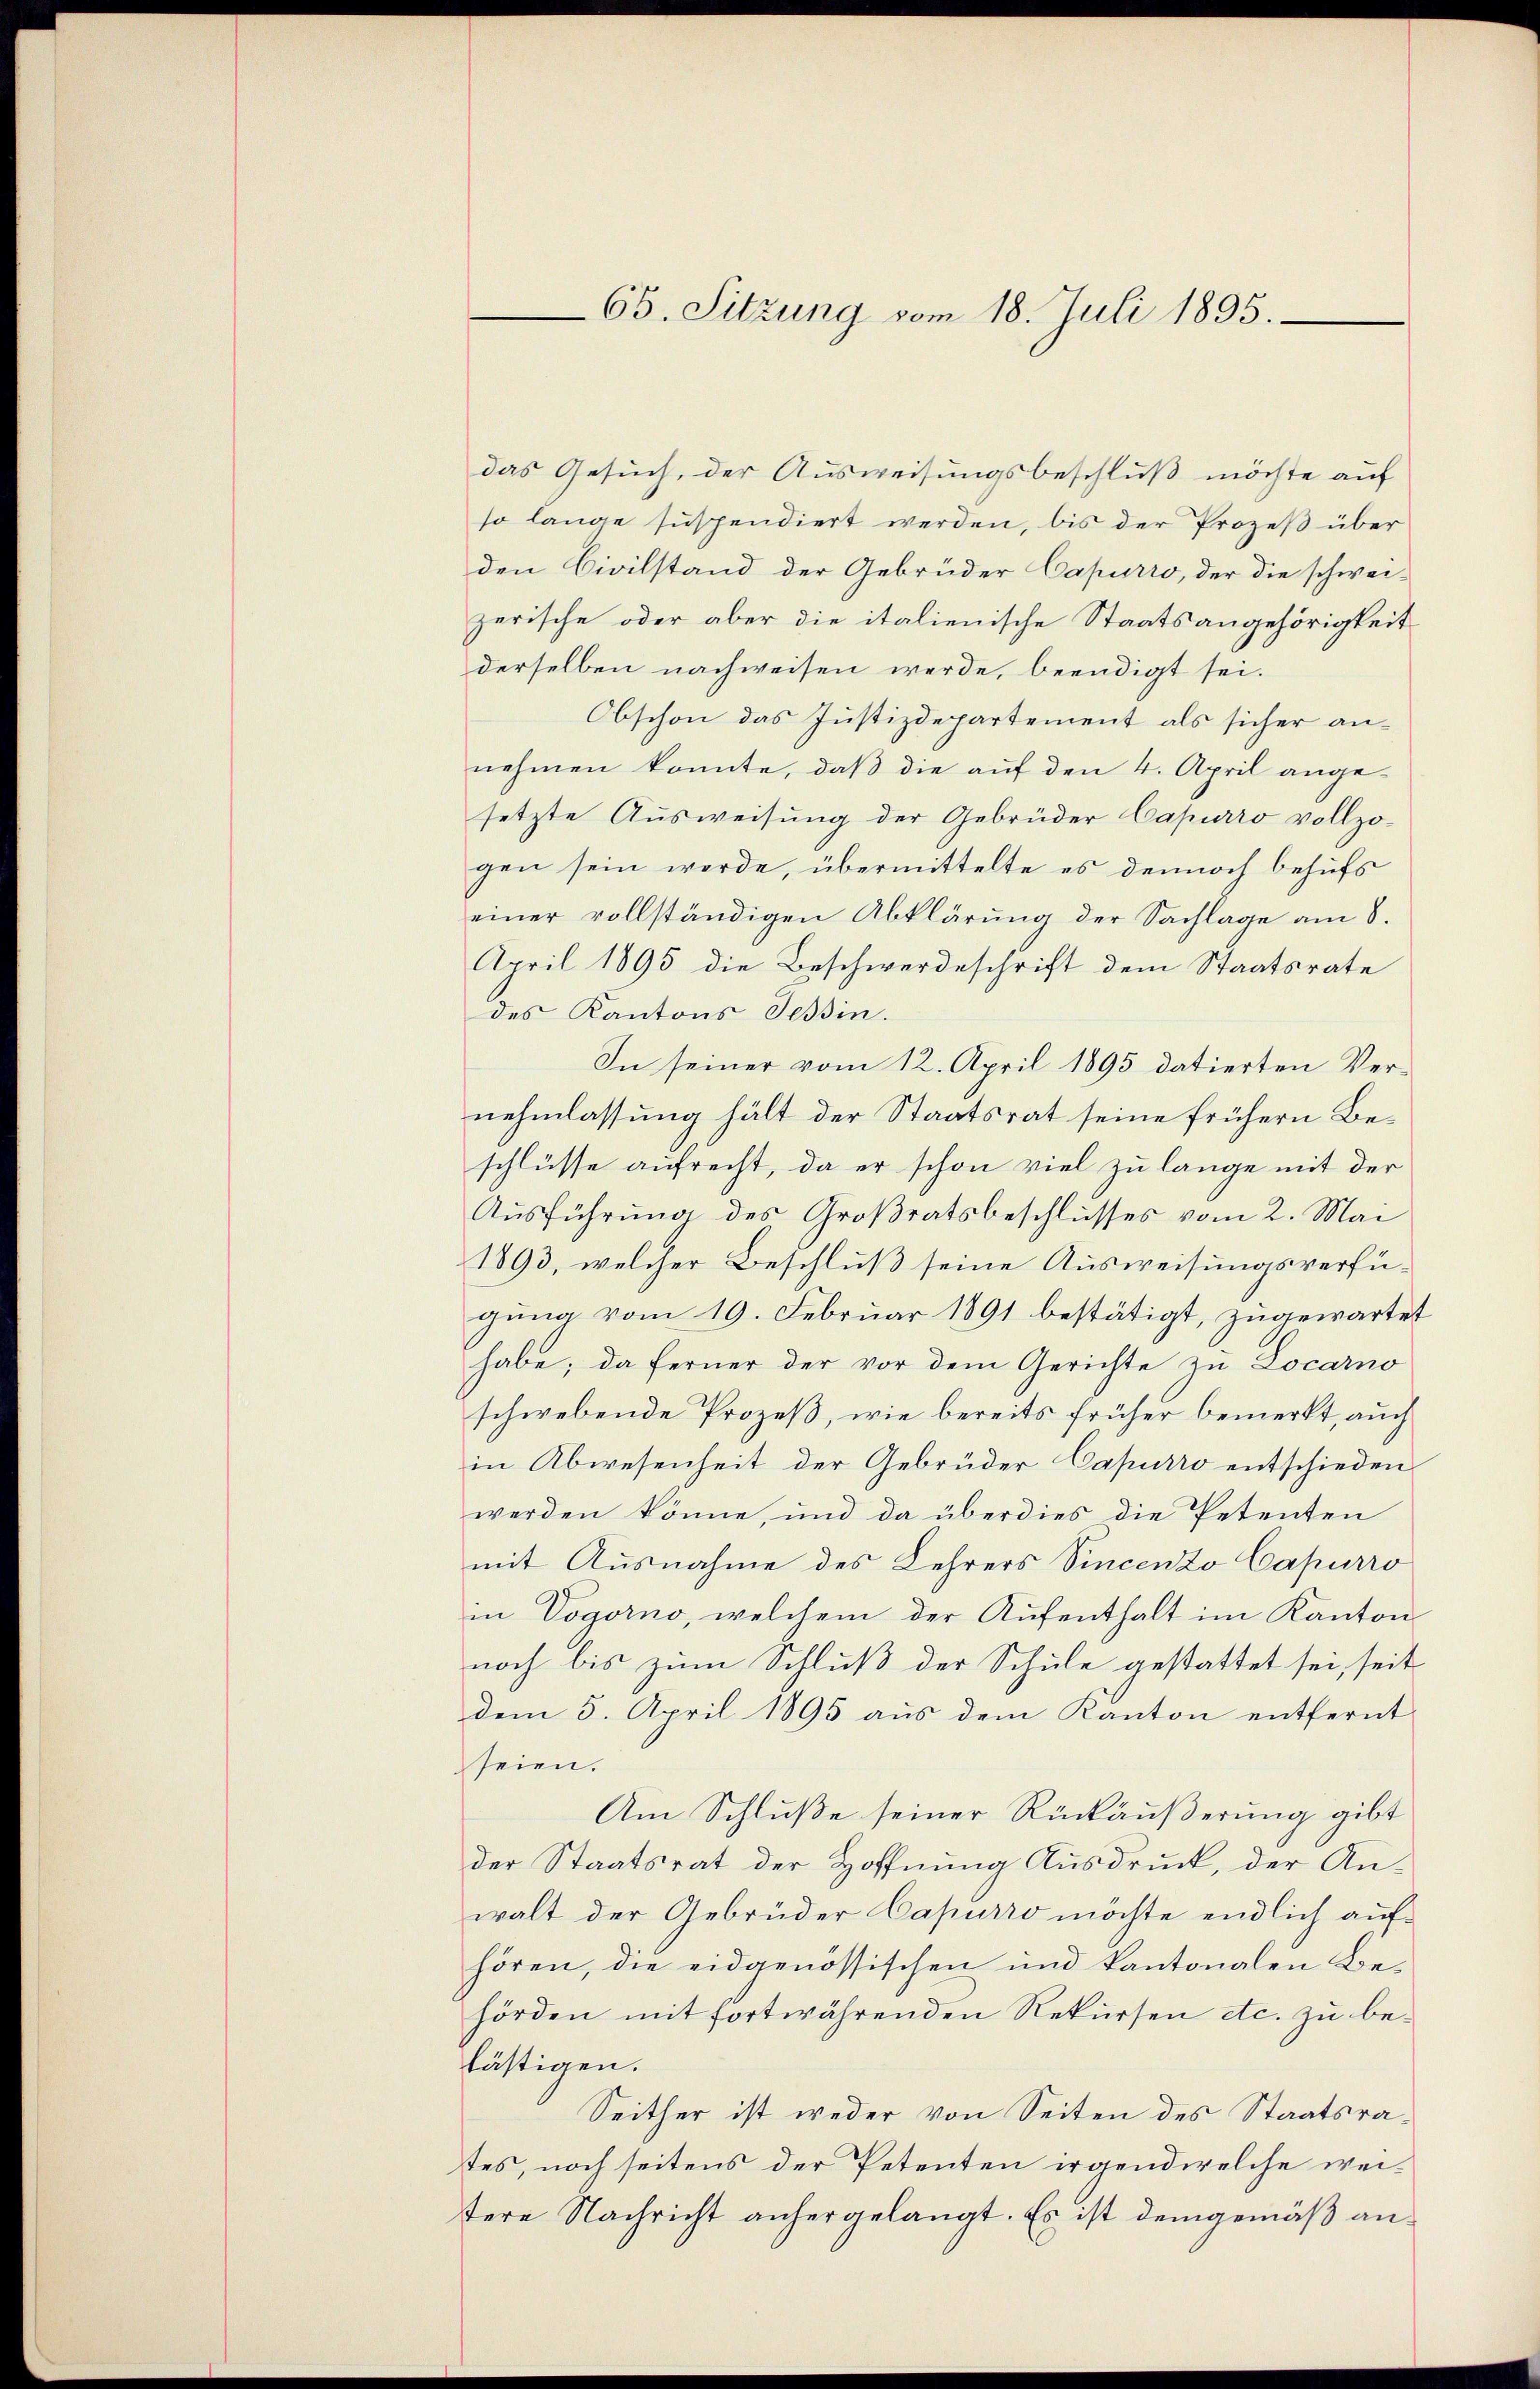
65. Sitzung vom 18. Juli 1895.

das Gesuch, der Ausweisungsbeschluß möchte auf
so lange suspendiert werden, bis der Prozeß über
den Civilstand der Gebrüder Capurro, der die schwei-
zerische oder aber die italienische Staatsangehörigkeit
derselben nachweisen werde, beendigt sei.
Obschon das Justizdepartement als sicher annehmen konnte, daß die auf den 4. April angesetzte Ausweisung der Gebrüder Capurro vollzogen sein werde, übermittelte es dennoch behufs
einer vollständigen Abklärung der Sachlage am 8.
April 1895 die Beschwerdeschrift dem Staatsrate
des Kantons Tessin.
In seiner vom 12. April 1895 datierten Vernehmlassung hält der Staatsrat seine frühern Beschlüsse aufrecht, da er schon viel zu lange mit der
Ausführung des Großratsbeschlusses vom 2. Mai
1893, welcher Beschluß seine Ausweisungsverfügung vom 19. Februar 1891 bestätigt, zugewartet
habe; da ferner der vor dem Gerichte zu Locarno
schwebende Prozeß, wie bereits früher bemerkt, auch
in Abwesenheit der Gebrüder Capurro entschieden
werden könne, und da überdies die Petenten
mit Ausnahme des Lehrers Vincenzo Capurro
in Vogorno, welchem der Aufenthalt im Kanton
noch bis zum Schluß der Schule gestattet sei, seit
dem 5. April 1895 aus dem Kanton entfernt
seien.
Am Schluße seiner Rückäußerung gibt
der Staatsrat der Hoffnung Ausdruck, der Anwalt der Gebrüder Capurro möchte endlich aufhören, die eidgenössischen und kantonalen Behörden mit fortwährenden Rekursen etc. zu belästigen.
Seither ist weder von Seiten des Staatsrates, noch seitens der Petenten irgend welche weitere Nachricht anhergelangt. Es ist demgemäß an¬